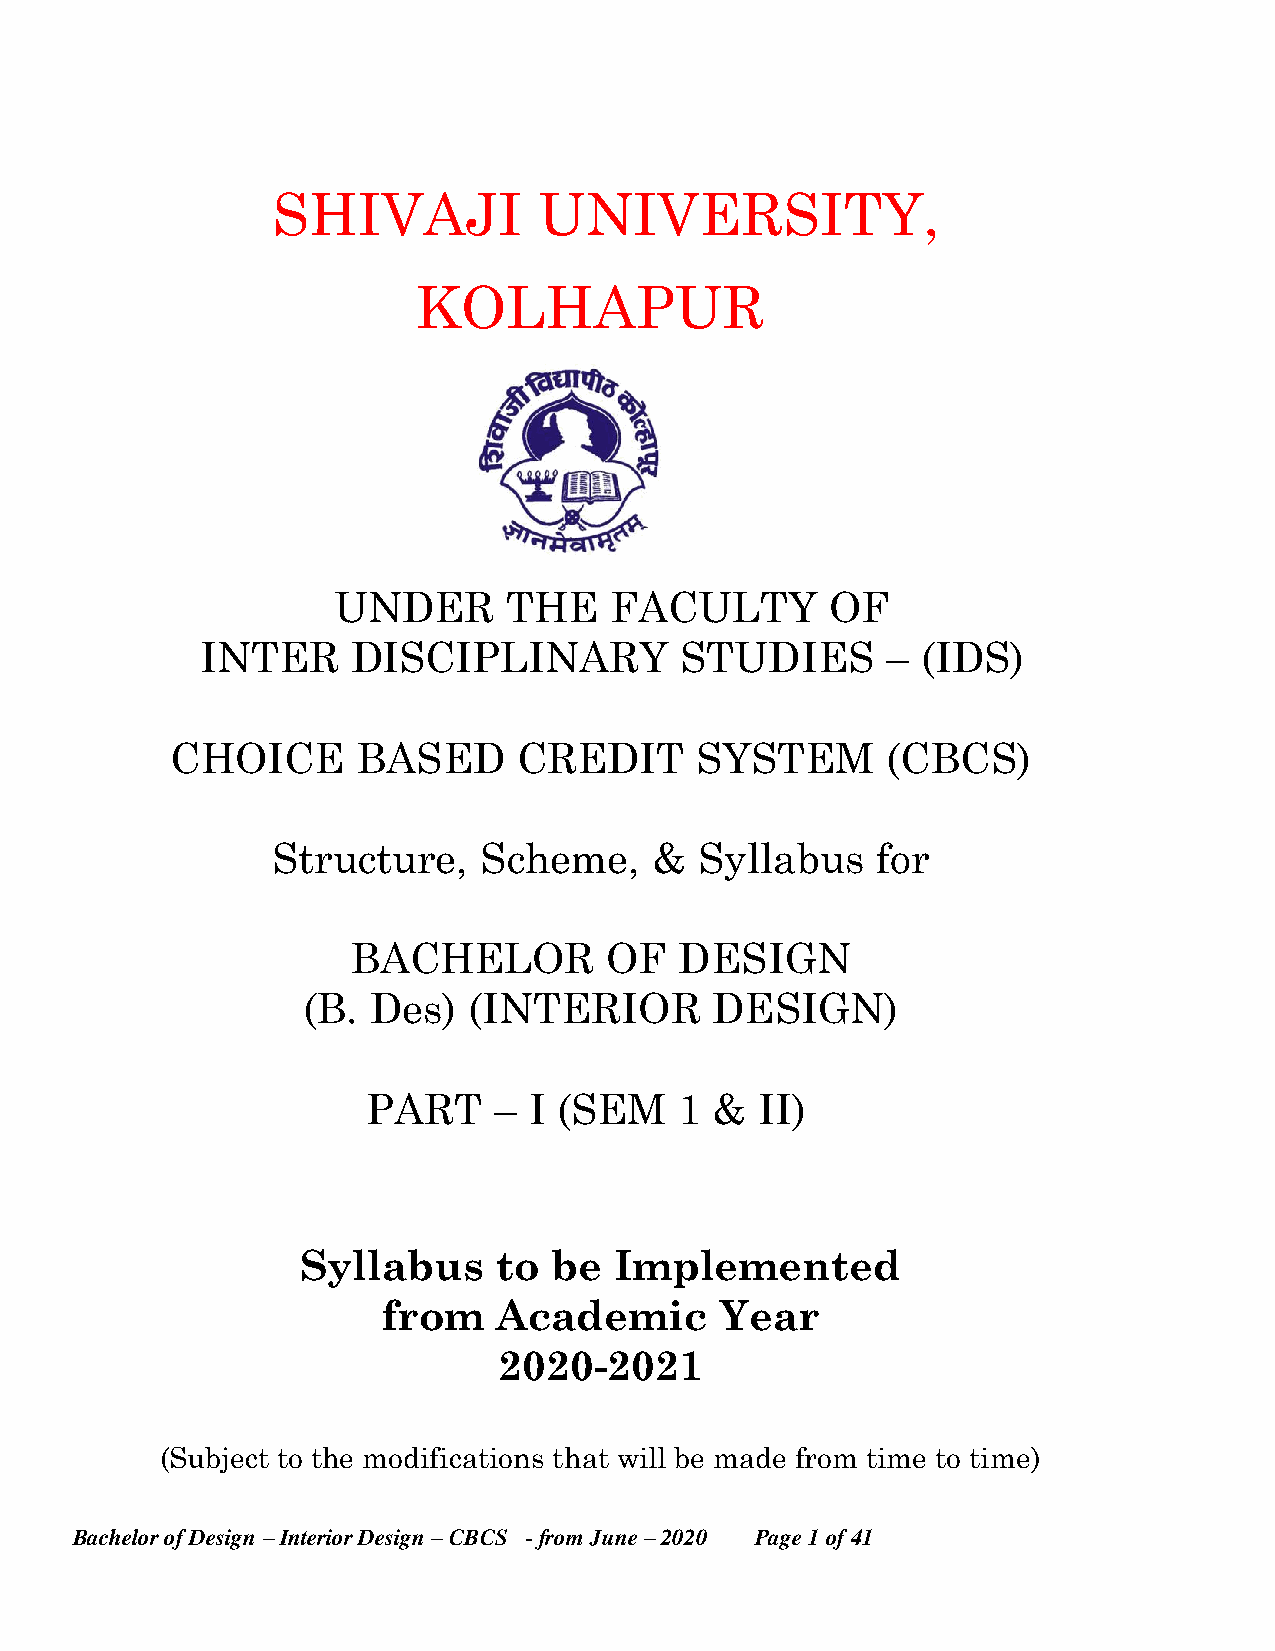
SHIVAJI           UNIVERSITY,
 KOLHAPUR
 UNDER       THE   FACULTY        OF
 INTER     DISCIPLINARY          STUDIES       – (IDS)
 CHOICE       BASED     CREDIT      SYSTEM       (CBCS)
 Structure,    Scheme,    &  Syllabus    for
 BACHELOR         OF   DESIGN
 (B.  Des)  (INTERIOR       DESIGN)
 PART     – I (SEM    1 &  II)
 Syllabus     to  be  Implemented
 from    Academic       Year
 2020-2021
 (Subject to the modifications that will be made from time to time)
 Bachelor of Design – Interior Design – CBCS - from June – 2020 Page 1 of 41